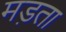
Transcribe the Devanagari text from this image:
मड़ता